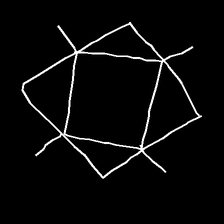
Glyph: light